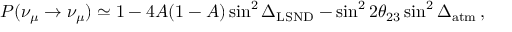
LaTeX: P ( \nu _ { \mu } \to \nu _ { \mu } ) \simeq 1 - 4 A ( 1 - A ) \sin ^ { 2 } \Delta _ { \mathrm { L S N D } } - \sin ^ { 2 } 2 \theta _ { 2 3 } \sin ^ { 2 } \Delta _ { \mathrm { a t m } } \, ,